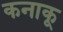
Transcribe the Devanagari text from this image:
कनाकू